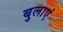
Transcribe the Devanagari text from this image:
बुलाएं